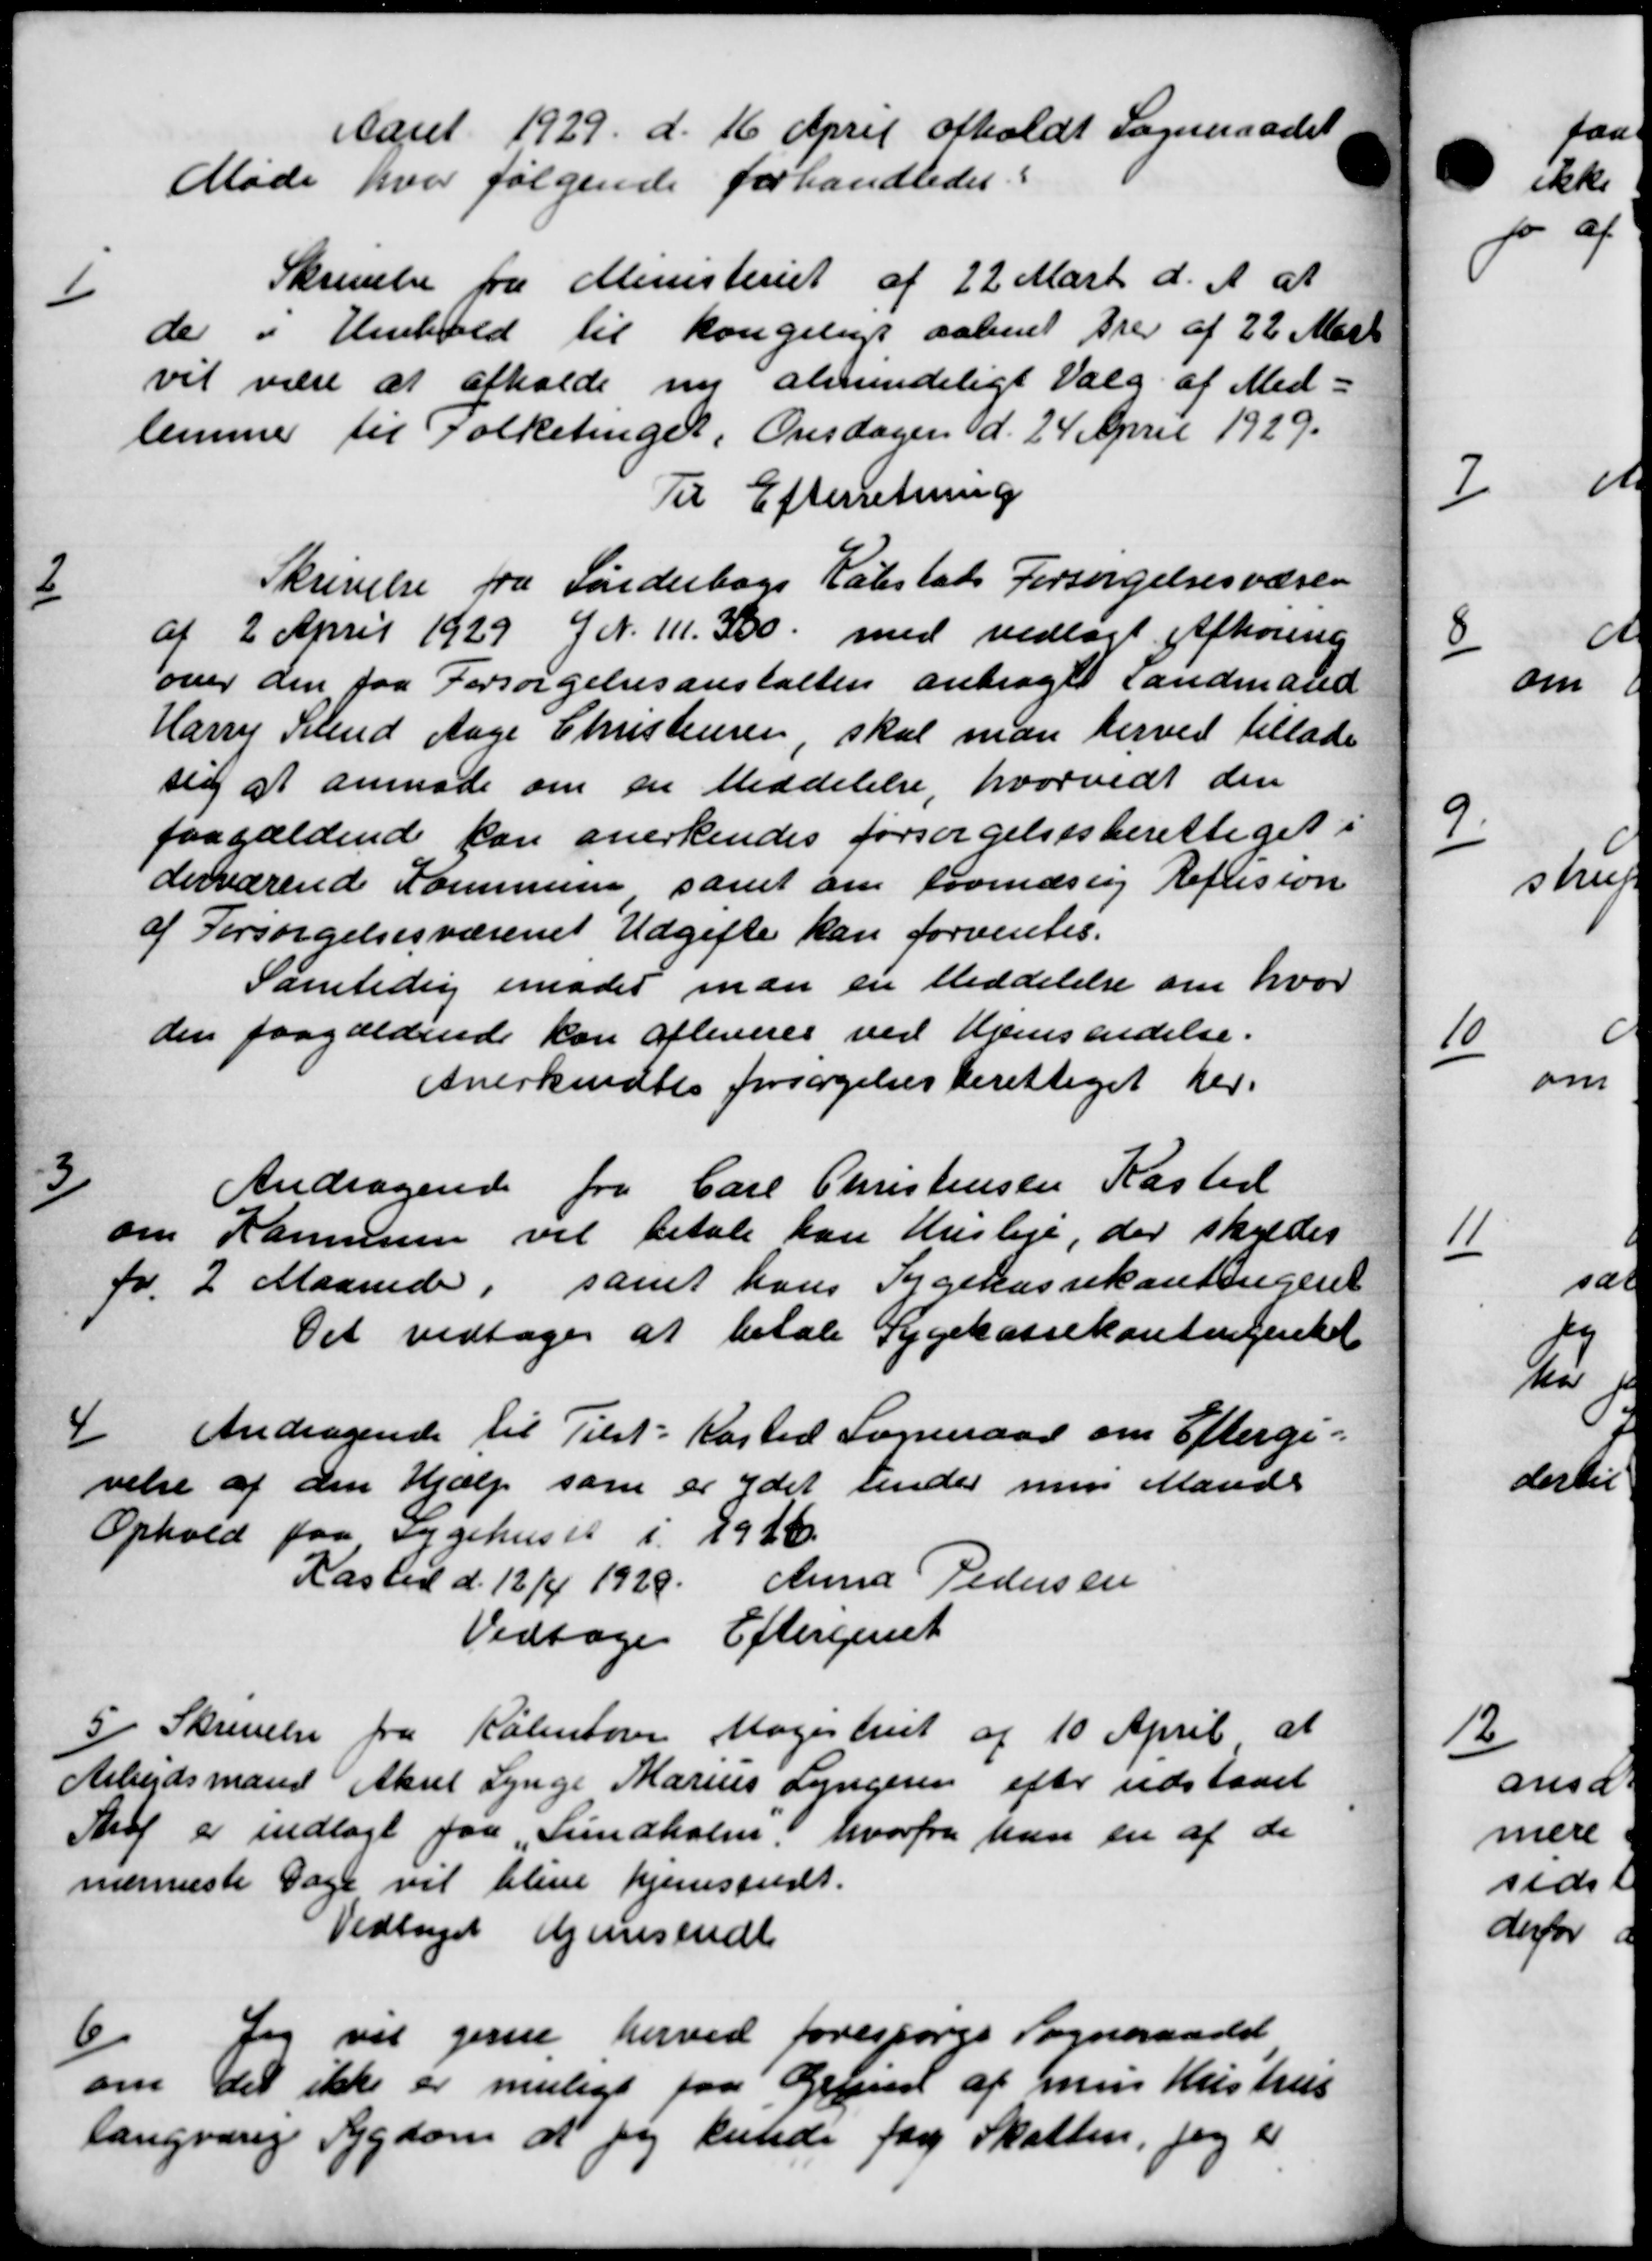
Transskription:
Aaret 1929 d. 16 April afholdt Sogneraadet
Møde hvor følgende forhandledes:
1
Skrivelse fra Ministeriet af 22 Marts d. A. at
de i Henhold til kongeligt aabnet tre af 22 Marts
vil være at afholde nu almindeligt Valg af Med-
lemmer til Folketinger, Onsdagen d. 24 April 1929.
Til Efterretning
2
Skrivelse fra Sønderbogs Købstads Forsørgelsesvæsen
af 2 April 1929 g N. 111. 300 med vedlagt Afhøring
over den faa Forsørgelsesanstalten anbragt Landmand
Harry Svend Aage Christensen, skal man herved tillade
sig at anmode om en Meddelelse, hvorvidt den
paagældende kan anerkendes forsørgelsesberettiget i
derværende Kommune samt om formæssig Eftesion
af Forsørgelsesvæsenet Udgifte kan forventes.
Samtidig imoder man en Meddelelse om hvor
den paagældende kan afleveres ved Hjemsendelse.
Anerkendtes forsøgelsesberettiget her.
Andragende fra Carl Christensen Kasted
3
om Kommune vil betale han Husleje, der skyldes
fr. 2 Maanede, samt hans Sygekassekontingent
Det vedtoges at betale Sygekassekontingentet
4
Andragende til Tilst-Kasted Sogneraad om Eftergi-
velse af den Hjælp som er ydet under men Mands
Ophold paa Sygehuset i 1926.
Kasted d. 12/4 1929. Anna Pedersen
Vedtoges Eftergivet
5
Skrivelse fra København Magistriet af 10 April at
Arbejdsmand Aksel Lynge Marius Lyngeren efter udstaaet
Skat er indlagt paa Sundholm, hvorfra han en af de
nærmeste Dage vil blive hjemstedt.
Vedtages Hjemsendt
6/
Jeg vil gerne herved forespørgs Sogneraadet
om det ikke er muligt paa Grund af min Hustrus
langvarig Sygdom at jeg kunde for Skatten, Jeg t